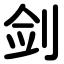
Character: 剑